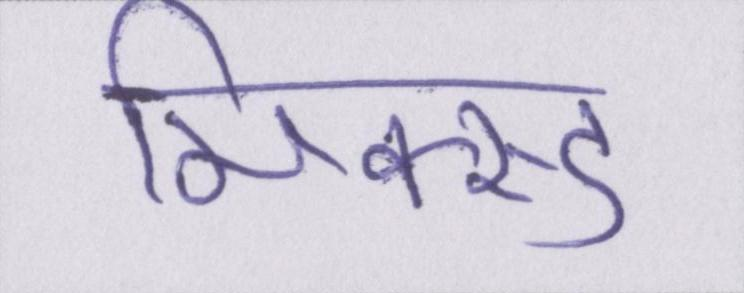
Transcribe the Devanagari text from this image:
मिक्स्ड